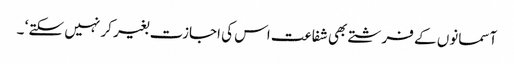
آسمانوں کے فرشتے بھی شفاعت اس کی اجازت بغیر کر نہیں سکتے ‘ ۔